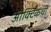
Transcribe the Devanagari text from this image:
आर्क्टिकची